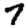
Digit: 7